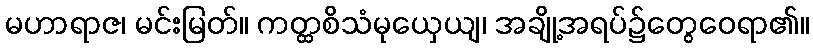
မဟာရာဇ၊ မင်းမြတ်။ ကတ္ထစိသံမုယှေယျ၊ အချို့အရပ်၌တွေဝေရာ၏။